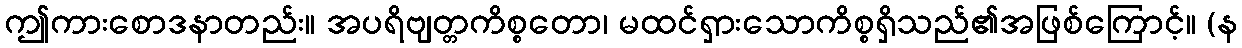
ဤကားစောဒနာတည်း။ အပရိဗျတ္တကိစ္စတော၊ မထင်ရှားသောကိစ္စရှိသည်၏အဖြစ်ကြောင့်။ (န